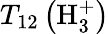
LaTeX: T_{12}\left(\mathrm{H}_{3}^{+}\right)